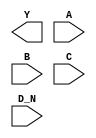
module sky130_fd_sc_ls__nor4b (
    Y  ,
    A  ,
    B  ,
    C  ,
    D_N
);

    output Y  ;
    input  A  ;
    input  B  ;
    input  C  ;
    input  D_N;

    // Voltage supply signals
    supply1 VPWR;
    supply0 VGND;
    supply1 VPB ;
    supply0 VNB ;

endmodule